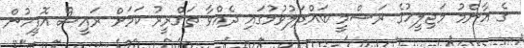
ގެ އާންމު މަޖިލީހުގެ ރަސްމީ ބައްދަލުވުމުގައި ދެއްވާ ތަޤްރީރު ކަމަށް ރައީސް އޮފީހުން